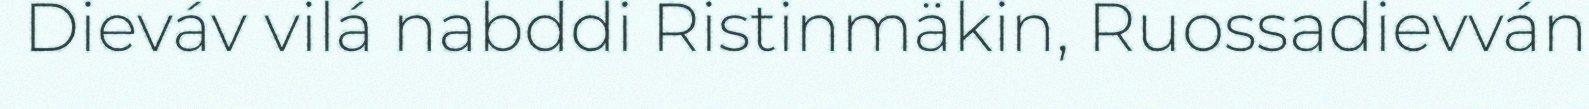
Dieváv vilá nabddi Ristinmäkin, Ruossadievván